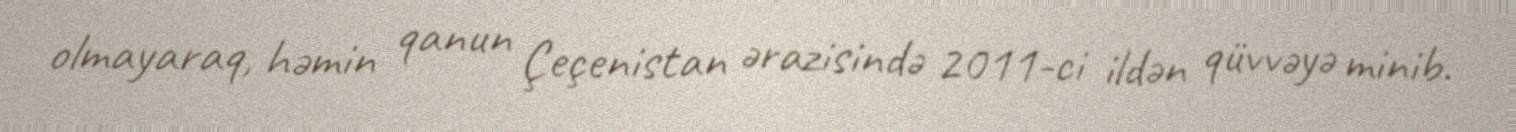
olmayaraq, həmin qanun Çeçenistan ərazisində 2011-ci ildən qüvvəyə minib.